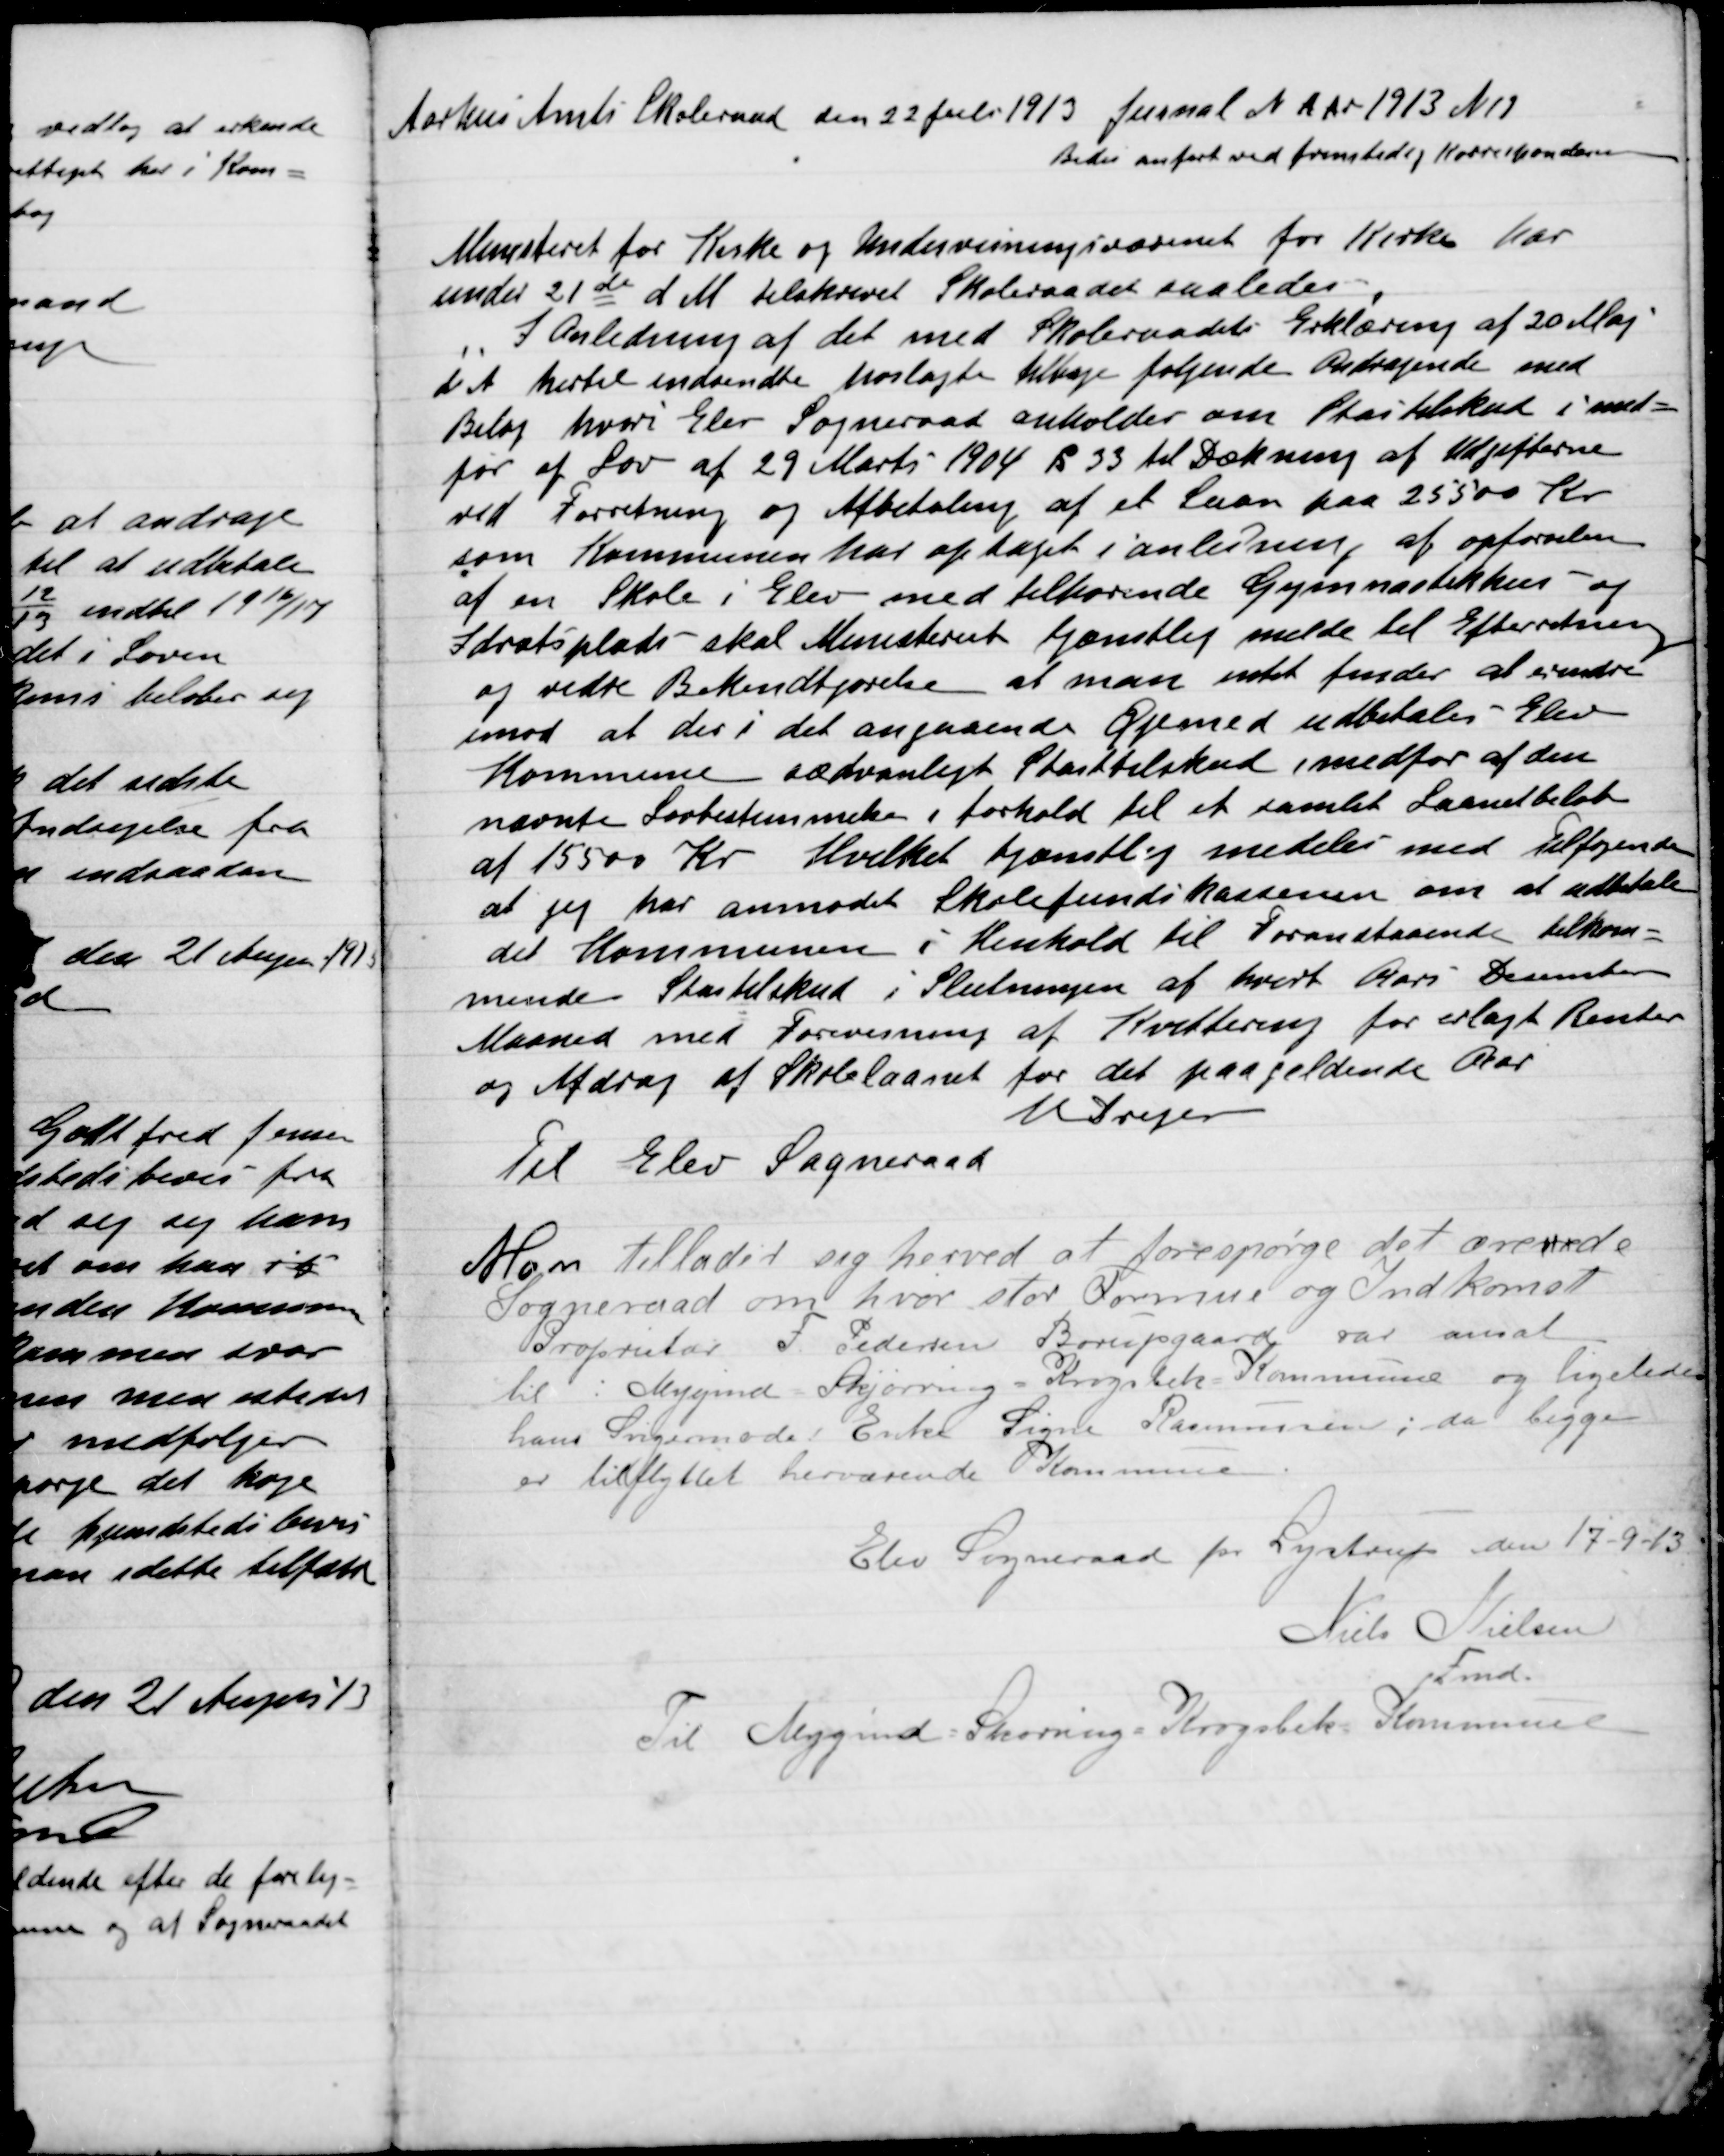
Transskription:
Aarhus Amts Skoleraad den 22 Juli 1913 Journal Nr. pr. 1913 N11
Bedes anført ved fremtidig Korrespondance
Ministeriet for Kirke og Undervisningsvæsenet for Kirke har
under 21de d M tilskrevet Skoleraadet saaledes,
I Anledning af det med Skoleraadet Erklæring af 20 Maj
d A hertil indsendte hoslagte tilbage følgende Andragende med
bilag hvori Elev Sogneraad anholder om Statstilskud i med-
før af Lov af 29 Marts 1904 § 33 til Dækning af Udgifterne
ved Forretning og Afbetaling af et Laan paa 25500 Kr.
som Kommunen har optaget i anledning af opførelsen
af en Skole i Elev med tilhørende Gymnastikhus – og
Idrætsplads skal Ministeriet tjenstlig melde til Efterretning
og videre Bekendtgørelse at man intet finder at erindre
imod at der i det angaaende Øjemed udbetales – Elev
Kommune sædvanligt Statstilskud i medfør af den
Nævnte Lovbestemmelse i forhold til et samlet Laanebeløb
af 15500 Kr. Hvilket tjænstlig meddele med Tilføjende
at jeg har anmodet Skolefundskassen om at udbetale
det Kommunen i henhold til foranstaaende tilkom-
mende Statstilskud i slutningen af hvert Aars December
Maaned med forvisning af Kvittering for erlagt Renter
og Afdrag af Skolelaanet for det paagældende Aar.
K Dreyer
Til Elev Sogneraad

Man tillader sig herved at forespørge det ærede
Sogneraad om hvor stor Formue og Indkomst
Proprietær F. Pedersen Borupgaard var ansat
til i Mygind-Skjørring-Krogsbæk Kommune og ligeledes
hans Svigermoder Enke Signe Rasmussen; da begge
er tilflyttet herværende Kommune.
Elev Sogneraad for Lystrup den 17-9-13
Niels Nielsen
Fmd.
Til Mygind-Skørring-Krogsbæk Kommune